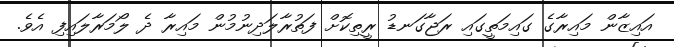
އައިޒާން މައިރާގެ ގައިމަތީގައި ރަޖާގަނޑު ރީތިކޮށް ފަތުރާލަދިނުމުން މައިރާ ދެ ލޯމަރާލައިފި އެވެ.